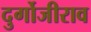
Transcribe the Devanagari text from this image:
दुर्गोजीराव